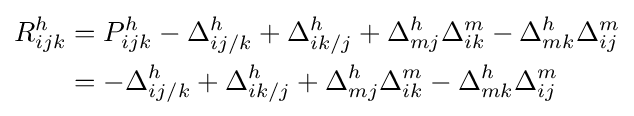
{\begin{aligned}R_{ijk}^{h}&=P_{ijk}^{h}-\Delta _{ij/k}^{h}+\Delta _{ik/j}^{h}+\Delta _{mj}^{h}\Delta _{ik}^{m}-\Delta _{mk}^{h}\Delta _{ij}^{m}\\&=-\Delta _{ij/k}^{h}+\Delta _{ik/j}^{h}+\Delta _{mj}^{h}\Delta _{ik}^{m}-\Delta _{mk}^{h}\Delta _{ij}^{m}\end{aligned}}